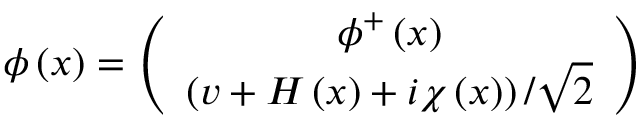
\phi \left( x \right) = \left( \begin{array} { c } { { \phi ^ { + } \left( x \right) } } \\ { { \left( v + H \left( x \right) + i \chi \left( x \right) \right) / \sqrt { 2 } } } \end{array} \right)